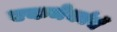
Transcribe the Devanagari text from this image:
एकमेकांचें